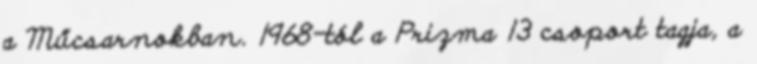
a Műcsarnokban. 1968-tól a Prizma 13 csoport tagja, a